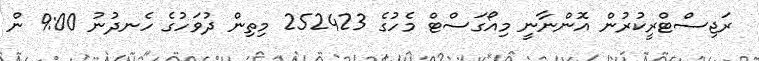
ރަޖިސްޓްރީކުރުން އޮންނާނީ މިއޯގަސްޓް މެހުގެ 252423 މިތިން ދުވަހުގެ ހެނދުނު 9:00 ން